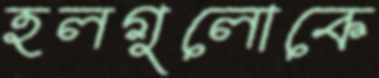
হলগুলোকে